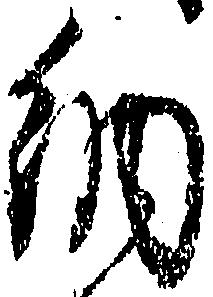
納